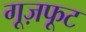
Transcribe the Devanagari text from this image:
गूज़फूट